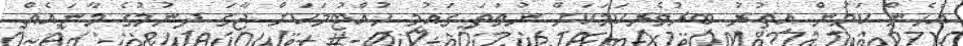
އެހެން ކަމުން އިތުރު ބިރުވެރިކަމަކަށް ނުވަތަ ގައުމީ ހުއްޓުމަކަށް ޖާގަ ދިނުމުގެ މާނައެއް